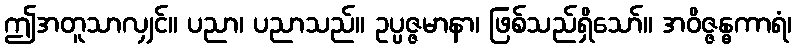
ဤအတူသာလျှင်။ ပညာ၊ ပညာသည်။ ဥပ္ပဇ္ဇမာနာ၊ ဖြစ်သည်ရှိသော်။ အဝိဇ္ဇန္ဓကာရံ၊